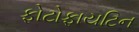
ફોટોફાયટિન